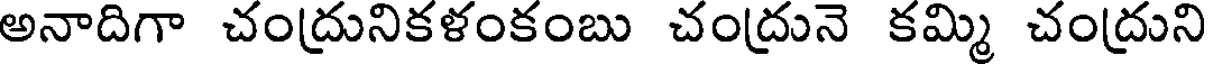
అనాదిగా చంద్రునికళంకంబు చంద్రునె కమ్మి చంద్రుని